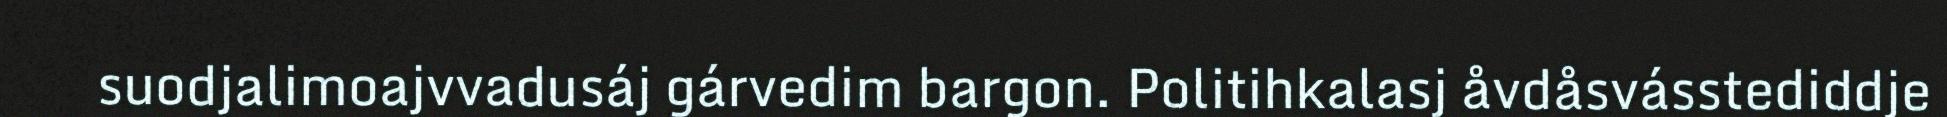
suodjalimoajvvadusáj gárvedim bargon. Politihkalasj åvdåsvásstediddje